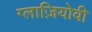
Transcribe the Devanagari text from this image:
ग्लाज़ियोवी